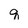
Character: q